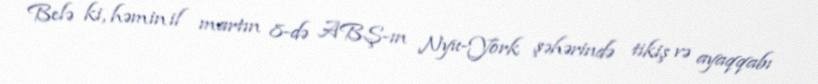
Belə ki, həmin il martın 8-də ABŞ-ın Nyu-York şəhərində tikiş və ayaqqabı